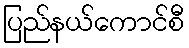
ပြည်နယ်ကောင်စီ